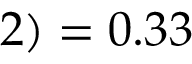
2 ) = 0 . 3 3